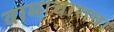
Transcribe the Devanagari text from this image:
वामाचाराचा